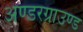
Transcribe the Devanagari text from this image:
अण्डरग्राउण्ड